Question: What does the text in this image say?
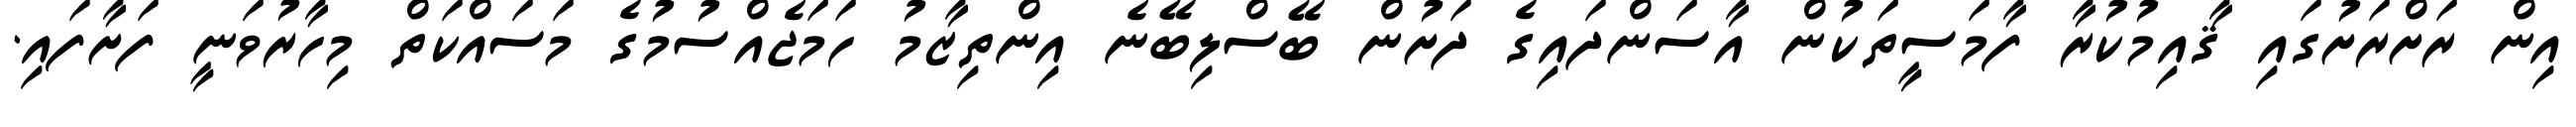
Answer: އިން ރަށްރަށުގައި ޤާއިމުކުރާ ފާމަސީތަކުން އާސަންދައިގެ ދަށުން ބޭސްލިބޭނެ އިންތިޒާމު ހަމަޖެއްސުމުގެ މަސައްކަތް މިހާރުވަނީ ފަށާފައި.